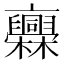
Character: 𣡥